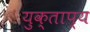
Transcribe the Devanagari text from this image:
युक्ताप्य